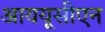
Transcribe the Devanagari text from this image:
आययूसीएन